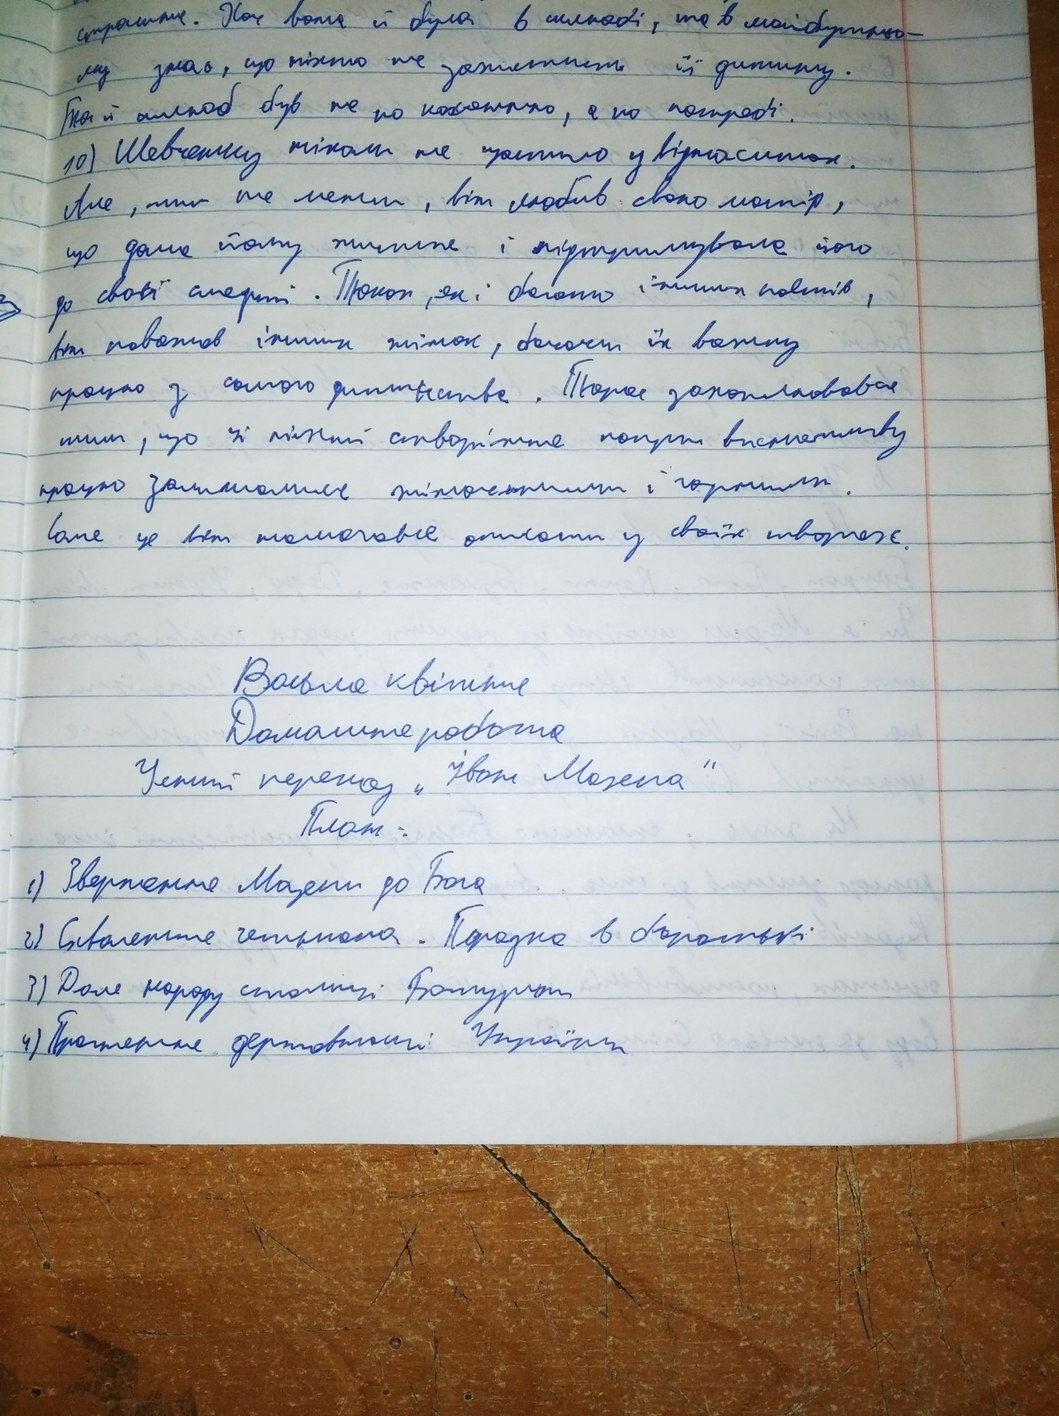
страшне. Хоч вона й була в шлюбі, та в майбутньо-
му знає, що ніхто не захистить її дитину.
Та й шлюб був не по коханню, а по потребі.
10) Шевченку ніколи не щастило у відносинах.
Але, тим не менш, він любив свою матір,
що дала йому життя і підтримувало його
до своєї смерті. Також, як і багато інших поетів,
він поважав інших жінок, бачачи їх важку
працюю з самого дитинства. Також захоплювався
тим, що ці міцні створіння попри виснажливу
працюю залишалися жіночними і гарними.
Саме це він намагався описати у своїх творах.
Восьме квітня
Домашня робота
Усний переказ "Іван Мазепа
План:
1) Звернення Мазепи до Бога
2) Схвалення гетьмана. Поразка в боротьбі.
3) Доля народу столиці Батурин
4) Прагнення державності України